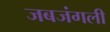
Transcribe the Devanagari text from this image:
जबजंगली